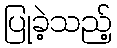
ပြုခဲ့သည့်